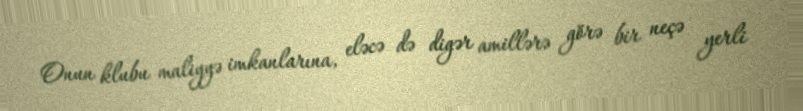
Onun klubu maliyyə imkanlarına, eləcə də digər amillərə görə bir neçə yerli